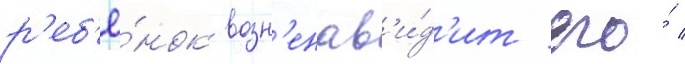
р'еб'ё́нок возн'енав'и́д'ит его́ /